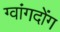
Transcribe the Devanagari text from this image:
ग्वांगदोंग